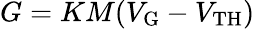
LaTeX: G=KM(V_{\mathrm{G}}-V_{\mathrm{TH}})